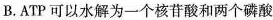
B.ATP可以水解为一个核苷酸和两个磷酸